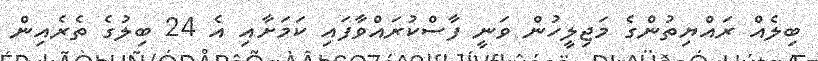
ބިލެއް ރައްޔިތުންގެ މަޖިލީހުން ވަނީ ފާސްކުރައްވާފައި ކަމަށާއި އެ 24 ބިލުގެ ތެރެއިން